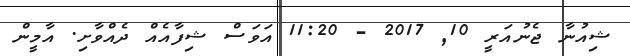
ޝިއުނާ ޖެނުއަރީ 10